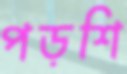
পড়শি